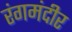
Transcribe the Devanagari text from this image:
रंगमंदीर